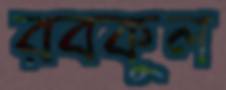
রবকুল